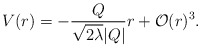
\begin{align*}V(r)= - \frac{Q}{\sqrt{2 \lambda} |Q|} r + {\cal{O}}(r)^3 .\end{align*}